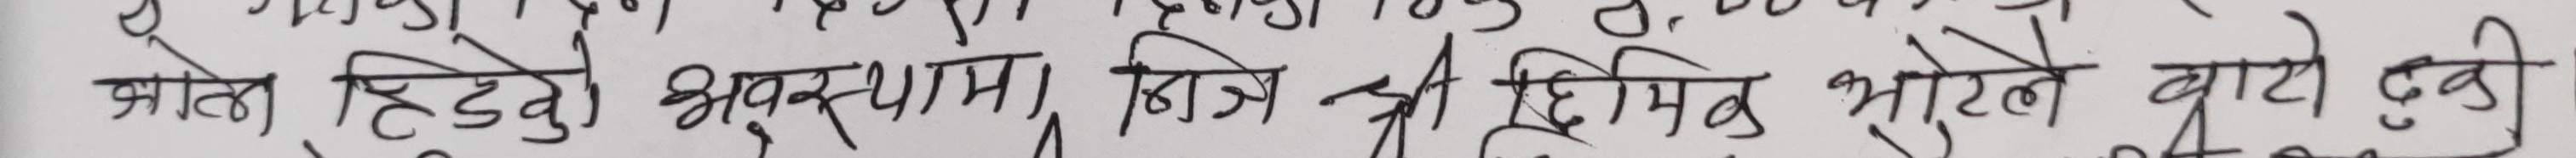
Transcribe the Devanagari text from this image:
भाके हिडेको अवस्थामा डिजेल श्री हिमिच भुरेले बाटो टुकी